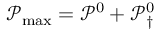
\mathcal P _ { \operatorname* { m a x } } = \mathcal P ^ { 0 } + \mathcal P _ { \dagger } ^ { 0 }